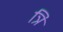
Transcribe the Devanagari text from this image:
त्रिं